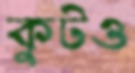
কুটও